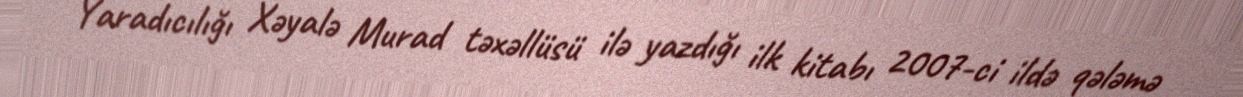
Yaradıcılığı Xəyalə Murad təxəllüsü ilə yazdığı ilk kitabı 2007-ci ildə qələmə